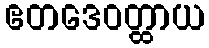
ဧတဒေဝတ္ထာယ